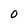
Character: O